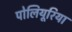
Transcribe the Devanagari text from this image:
पोलियूरिया